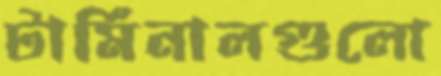
টার্মিনালগুলো